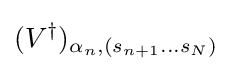
(V^{\dagger })_{\alpha _{n},(s_{n+1}...s_{N})}